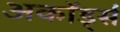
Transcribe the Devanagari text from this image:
अकॉर्ड्स